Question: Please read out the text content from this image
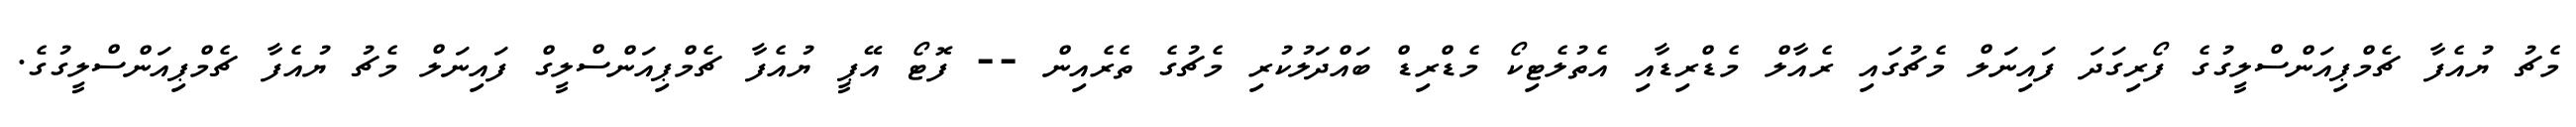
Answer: މެޗު ޔުއެފާ ޗެމްޕިއަންސްލީގުގެ ފޯރިގަދަ ފައިނަލް މެޗުގައި ރެއާލް މެޑްރިޑާއި އެތުލެޓިކޯ މެޑްރިޑް ބައްދަލުކުރި މެޗުގެ ތެރެއިން -- ފޮޓޯ އޭޕީ ޔުއެފާ ޗެމްޕިއަންސްލީގް ފައިނަލް މެޗު ޔުއެފާ ޗެމްޕިއަންސްލީގުގެ.